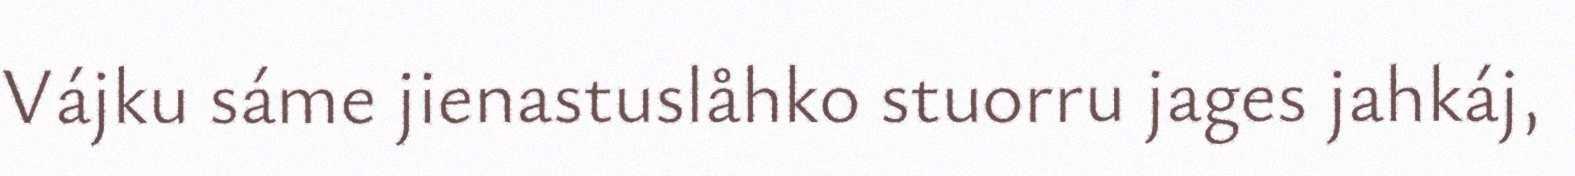
Vájku sáme jienastuslåhko stuorru jages jahkáj,